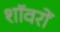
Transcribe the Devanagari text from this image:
शॉवरों